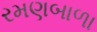
રમણબાળા